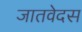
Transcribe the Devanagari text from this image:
जातवेदस